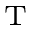
{ } ^ { \mathrm { T } }